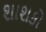
શાશકો